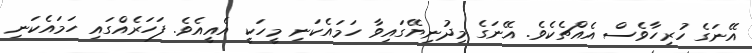
އޭނަގެ ހުރިހާވެސް އެއްޗެކެވެ. އޭނަގެ މިދުނިޔޭގައިވާ ހަމައެކަނި މީހަކީ އެއީއެވެ. ފަހަރެއްގައި ހަމައެކަނި